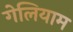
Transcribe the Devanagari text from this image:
गेलियाम